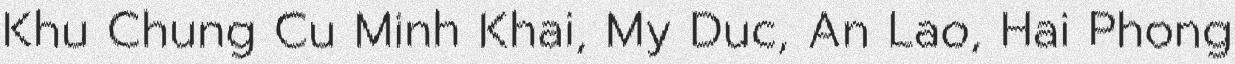
Khu Chung Cu Minh Khai, My Duc, An Lao, Hai Phong